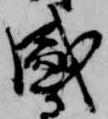
盛